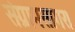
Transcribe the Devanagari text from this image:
संग्रामसागर।